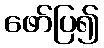
ဖော်ပြ၍